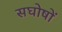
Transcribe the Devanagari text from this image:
सघोषों